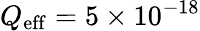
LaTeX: Q_{\mathrm{eff}}=5\times 10^{-18}